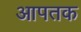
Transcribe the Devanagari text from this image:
आपतक